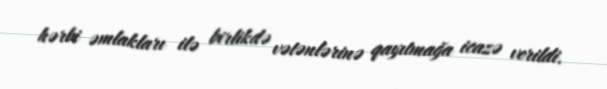
hərbi əmlakları ilə birlikdə vətənlərinə qayıtmağa icazə verildi.